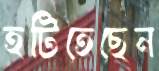
হটিতেছেন